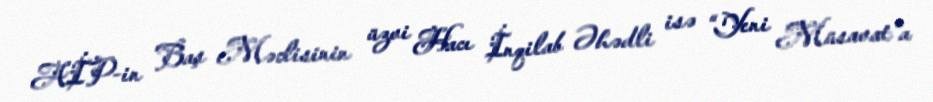
AİP-in Baş Məclisinin üzvi Hacı İnqilab Əhədli isə “Yeni Müsavat”a